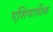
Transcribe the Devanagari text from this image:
एशियावीक